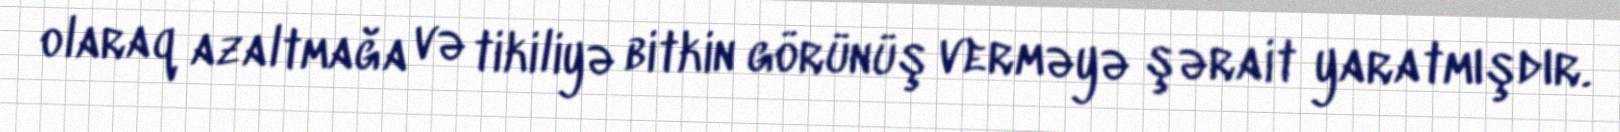
olaraq azaltmağa və tikiliyə bitkin görünüş verməyə şərait yaratmışdır.